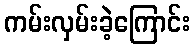
ကမ်းလှမ်းခဲ့ကြောင်း